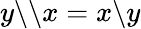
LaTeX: y\backslash\backslash x=x\backslash y